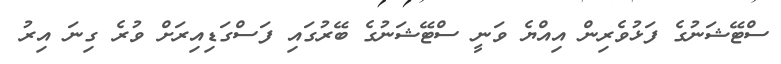
ސްޓޭޝަނުގެ ފަޅުވެރިން އިއްޔެ ވަނީ ސްޓޭޝަނުގެ ބޭރުގައި ފަސްގަޑިއިރަށް ވުރެ ގިނަ އިރު